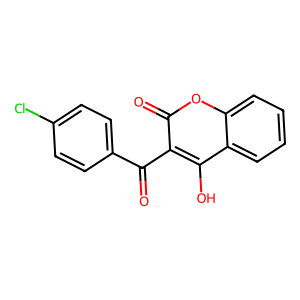
SMILES: O=C(c1ccc(Cl)cc1)c1c(O)c2ccccc2oc1=O
Inhibits HIV replication: No